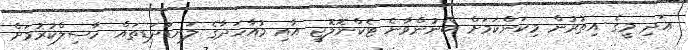
އަދި މީގެ އިތުރުން މިކަންކަމަށް ބޭނުންވާނެ ޓެކްނޮލޮޖީ އާއި މުއާހަދާގެ ލަނޑުދަޑިތައް ހާސިލްކުރުމަށް